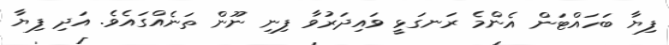
ފިޔާ ބަހައްޓަން އެންމެ ރަނގަޅީ ވައިދަރުވާ ފިނި ނޫން ތަނެއްގައެވެ. އަދި ފިޔާ